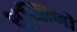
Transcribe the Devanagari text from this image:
शुष्मिणो